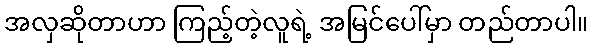
အလှဆိုတာဟာ ကြည့်တဲ့လူရဲ့ အမြင်ပေါ်မှာ တည်တာပါ။